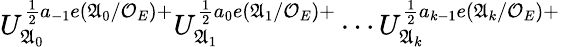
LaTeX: U_{\mathfrak{A}_{0}}^{\frac{1}{2}a_{-1}e(\mathfrak{A}_{0}/\mathcal{O}_{E})+}U_{\mathfrak{A}_{1}}^{\frac{1}{2}a_{0}e(\mathfrak{A}_{1}/\mathcal{O}_{E})+}\cdots U_{\mathfrak{A}_{k}}^{\frac{1}{2}a_{k-1}e(\mathfrak{A}_{k}/\mathcal{O}_{E})+}